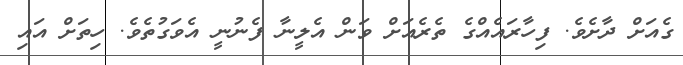
ގެއަށް ދާށެވެ. ފިހާރައެއްގެ ތެރެއަށް ވަން އެލީނާ ފެނުނީ އެވަގުތެވެ. ހިތަށް އައި